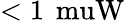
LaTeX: <1\, \mathrm{\ muW}